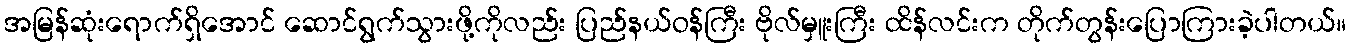
အမြန်ဆုံးရောက်ရှိအောင် ဆောင်ရွက်သွားဖို့ကိုလည်း ပြည်နယ်ဝန်ကြီး ဗိုလ်မှူးကြီး ထိန်လင်းက တိုက်တွန်းပြောကြားခဲ့ပါတယ်။